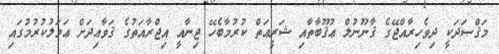
މަޤްޞަދަކީ ދިވެހިރާއްޖޭގެ ޤާނޫނުލް ޢުޤޫބާތާއި ޝަރީޢަތް ކުރުމާބެހޭ ޖިނާއީ އިޖްރާއަތުގެ ޤަވާޢިދަށް ޢަމަލުކުރުމުގައި